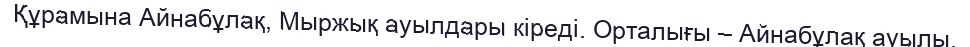
Құрамына Айнабұлақ, Мыржық ауылдары кіреді. Орталығы – Айнабұлақ ауылы.